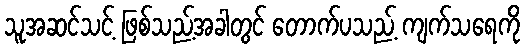
သူအဆင်သင့် ဖြစ်သည့်အခါတွင် တောက်ပသည့် ကျက်သရေကို